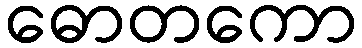
ဓောတကော